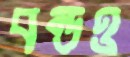
বন্ডও